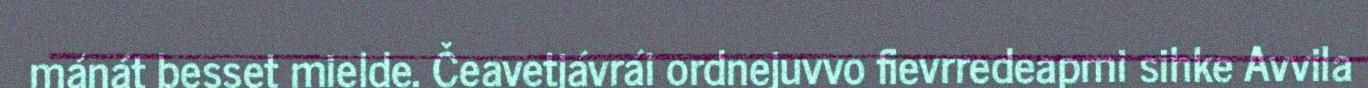
mánát besset mielde. Čeavetjávrái ordnejuvvo fievrredeapmi sihke Avvila